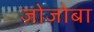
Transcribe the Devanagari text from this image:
जोजोबा